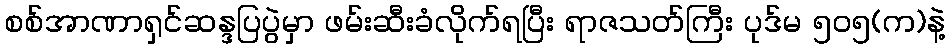
စစ်အာဏာရှင်ဆန္ဒပြပွဲမှာ ဖမ်းဆီးခံလိုက်ရပြီး ရာဇသတ်ကြီး ပုဒ်မ ၅၀၅(က)နဲ့